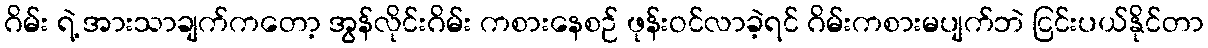
ဂိမ်း ရဲ့ အားသာချက်ကတော့ အွန်လိုင်းဂိမ်း ကစားနေစဉ် ဖုန်းဝင်လာခဲ့ရင် ဂိမ်းကစားမပျက်ဘဲ ငြင်းပယ်နိုင်တာ